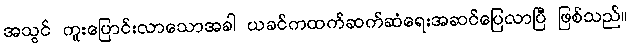
အသွင် ကူးပြောင်းလာသောအခါ ယခင်ကထက်ဆက်ဆံရေးအဆင်ပြေလာပြီ ဖြစ်သည်။